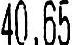
40.65